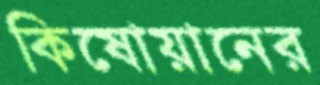
কিষোয়ানের